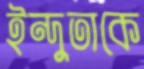
ইন্দুতাকে